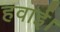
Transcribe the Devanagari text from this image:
हवाई।